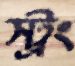
স্ট্রং